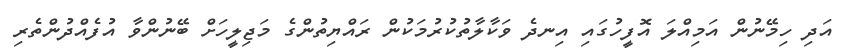
އަދި ހިމޭނުން އަމިއްލަ އޮފީހުގައި އިނދެ ވަކާލާތުކުރުމަކުން ރައްޔިތުންގެ މަޖިލީހަށް ބޭނުންވާ އުފެއްދުންތެރި